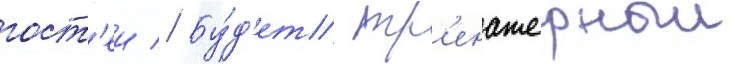
гост'еи // Бу́д'ет тр'енажерныи